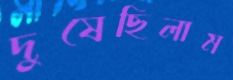
দুষেছিলাম